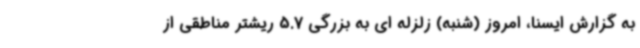
به گزارش ایسنا، امروز (شنبه) زلزله ای به بزرگی 5.7 ریشتر مناطقی از